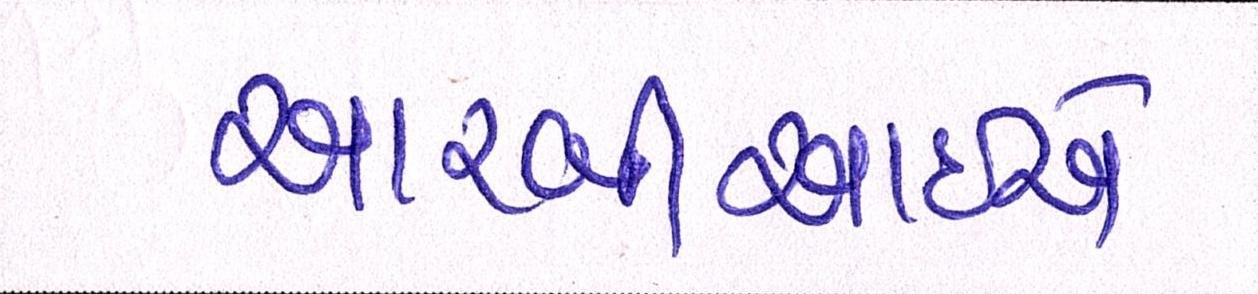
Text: આરબીઆઇએ